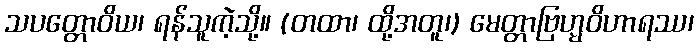
သပတ္တောဝိယ၊ ရန်သူကဲ့သို့။ (တထာ၊ ထို့အတူ၊) မေတ္တာဗြဟ္မဝိဟာရဿ၊